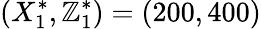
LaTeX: (X_{1}^{*},\mathbb{Z}_{1}^{*})=(200,400)